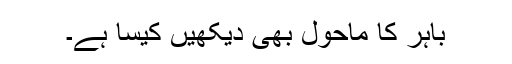
باہر کا ماحول بھی دیکھیں کیسا ہے۔